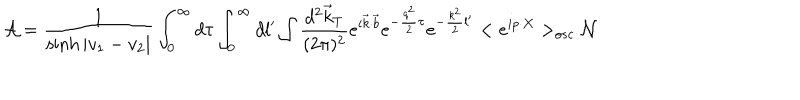
{ \cal A } = \frac 1 { \sinh | v _ { 1 } - v _ { 2 } | } \int _ { 0 } ^ { \infty } d \tau \int _ { 0 } ^ { \infty } d l ^ { \prime } \int \frac { d ^ { 2 } \vec { k } _ { T } } { ( 2 \pi ) ^ { 2 } } e ^ { i \vec { k } \cdot \vec { b } } e ^ { - \frac { q ^ { 2 } } 2 \tau } e ^ { - \frac { k ^ { 2 } } 2 l ^ { \prime } } < e ^ { i p \cdot X } > _ { o s c } { \cal N }